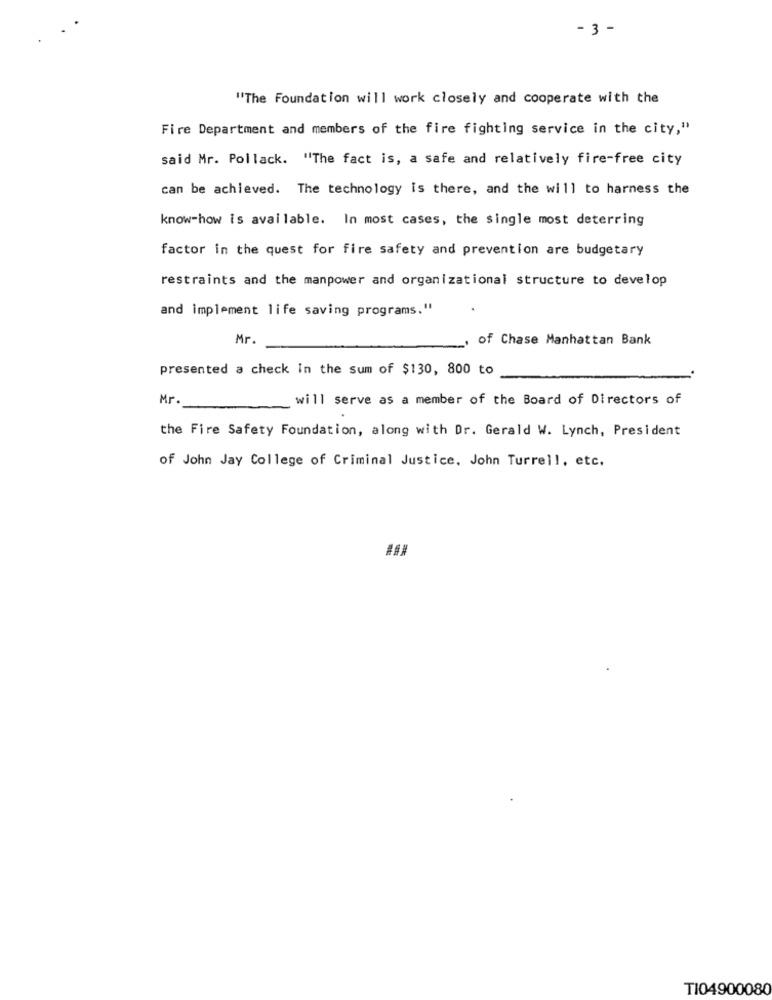
- 3 -
"The Foundation will work closely and cooperate with the
Fire Department and members of the fire fighting service in the city,"
said Mr. Pollack. "The fact is, a safe and relatively fire-free city
can be achieved. The technology is there, and the will to harness the
know-how is available. In most cases, the single most deterring
factor in the quest for fire safety and prevention are budgetary
restraints and the manpower and organizational structure to develop
and implement life saving programs."
Mr.
of Chase Manhattan Bank
presented a check In the sum of $130, 800 to
Mr.
will serve as a member of the Board of Directors of
the Fire Safety Foundation, along with Dr. Gerald W. Lynch, President
of John Jay College of Criminal Justice, John Turrell, etc.
TI04900080